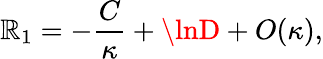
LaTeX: \mathbb{R}_{1}=-{\frac{{C}}{{\kappa}}}+\lnD+O(\kappa),